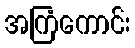
အကြံကောင်း